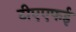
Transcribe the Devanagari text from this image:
टीएएफई